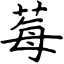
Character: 莓